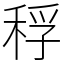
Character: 稃